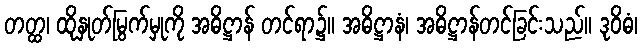
တတ္ထ၊ ထိုနှုတ်မြွက်မှုကို အဓိဋ္ဌာန် တင်ရာ၌။ အဓိဋ္ဌာနံ၊ အဓိဋ္ဌာန်တင်ခြင်းသည်။ ဒုဝိဓံ၊